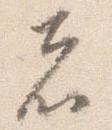
者